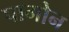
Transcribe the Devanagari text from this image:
पामोन